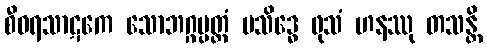
စီဝရသာဋကေ သောဘဂ္ဂပ္ပတ္တံ ပသိဒ္ဓေ ဖုသံ ဟနဿု တသန္တိ